Indian journal of veterinary science and animal husbandry - Volumes 15-17, 1948-1951
Year: 1948
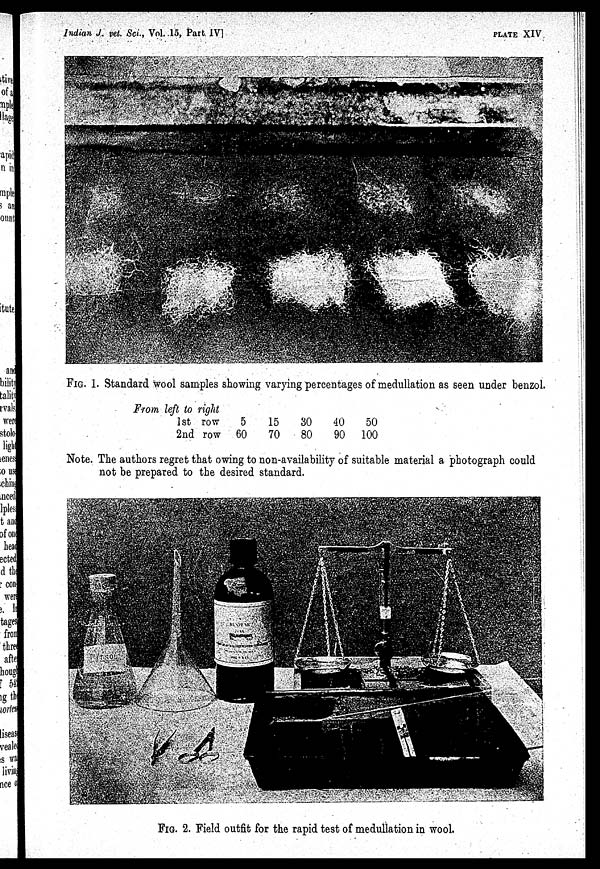
Indian J. vet. Sci., Vol. 15, Part. IV]
PLATE XIV
FIG. 1. Standard wool samples showing varying percentages of medullation as seen under benzol.
From left to right
1st row
2nd row
5
60
15
70
30
80
40
90
50
100
Note. The authors regret that owing to non-availability of suitable material a photograph could
not be prepared to the desired standard.
FIG. 2. Field outfit for the rapid test of medullation in wool.